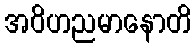
အဝိဟညမာနောတိ